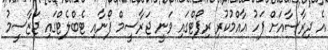
އެ ދިރާސާއަށް ފަހު އާއްމުކުރި ރިޕޯޓްގައި ވަނީ ޖަރާސީމް ފޯނާއި ޓެބްލެޓްގައި ޖަޒާސީމު